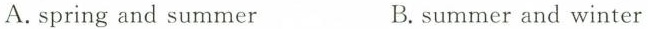
A.spring and summer B.summer and winter